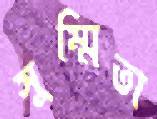
সুম্মিতা